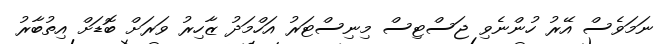
ނަމަވެސް އޭރު ހުންނެވި ޖަސްޓިސް މިނިސްޓަރު އަހްމަދު ޒާހިރު ވަރަށް ބޮޑަށް އިތުބާރު